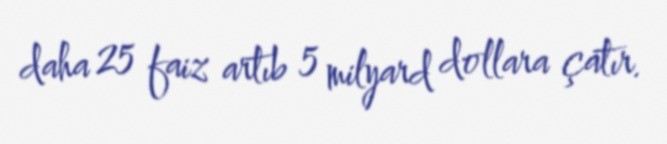
daha 25 faiz artıb 5 milyard dollara çatır.